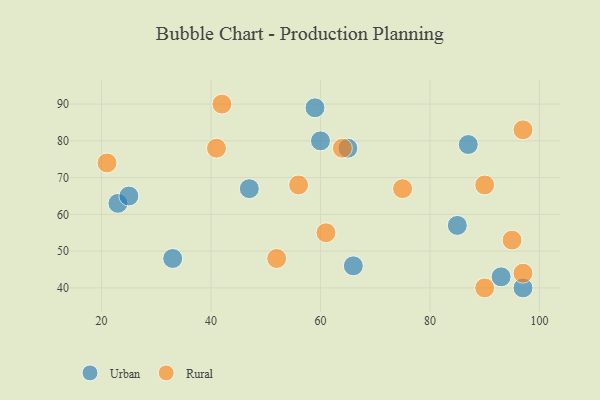
{"axis": {"x": "GDP", "y": "Life Expectancy"}, "legend": ["Rural", "Urban"], "data": [{"x": "93", "y": 43, "type": "Urban"}, {"x": "66", "y": 46, "type": "Urban"}, {"x": "87", "y": 79, "type": "Urban"}, {"x": "85", "y": 57, "type": "Urban"}, {"x": "97", "y": 40, "type": "Urban"}, {"x": "23", "y": 63, "type": "Urban"}, {"x": "65", "y": 78, "type": "Urban"}, {"x": "47", "y": 67, "type": "Urban"}, {"x": "25", "y": 65, "type": "Urban"}, {"x": "59", "y": 89, "type": "Urban"}, {"x": "60", "y": 80, "type": "Urban"}, {"x": "33", "y": 48, "type": "Urban"}, {"x": "97", "y": 83, "type": "Rural"}, {"x": "56", "y": 68, "type": "Rural"}, {"x": "64", "y": 78, "type": "Rural"}, {"x": "21", "y": 74, "type": "Rural"}, {"x": "90", "y": 68, "type": "Rural"}, {"x": "41", "y": 78, "type": "Rural"}, {"x": "42", "y": 90, "type": "Rural"}, {"x": "61", "y": 55, "type": "Rural"}, {"x": "90", "y": 40, "type": "Rural"}, {"x": "52", "y": 48, "type": "Rural"}, {"x": "97", "y": 44, "type": "Rural"}, {"x": "95", "y": 53, "type": "Rural"}, {"x": "75", "y": 67, "type": "Rural"}]}